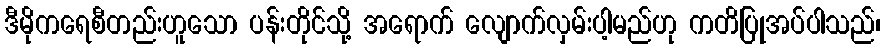
ဒီမိုကရေစီတည်းဟူသော ပန်းတိုင်သို့ အရောက် လျောက်လှမ်းပါ့မည်ဟု ကတိပြုအပ်ပါသည်၊